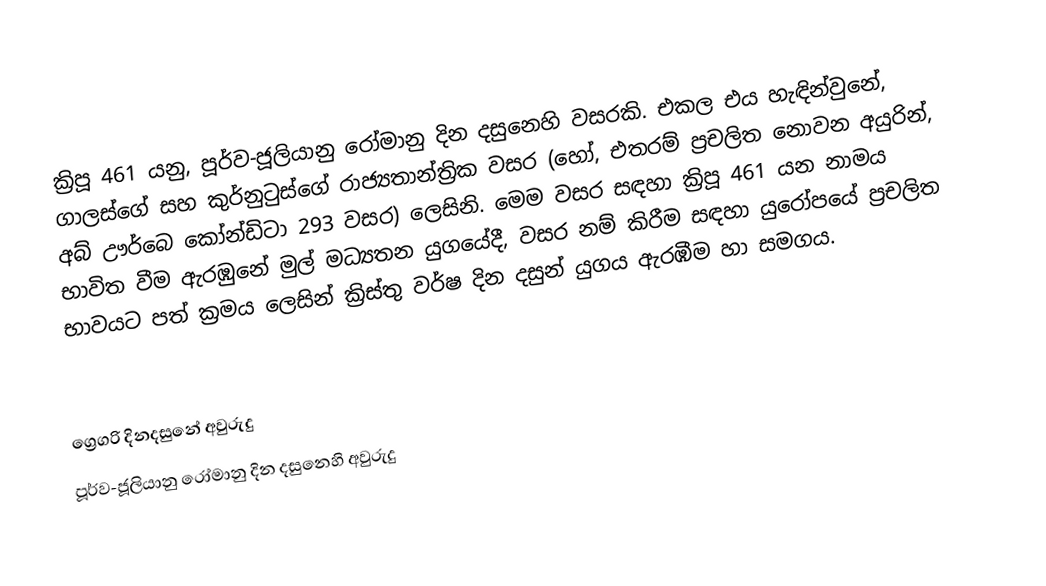

ක්‍රිපූ 461 යනු, පූර්ව-ජූලියානු රෝමානු දින දසුනෙහි වසරකි. එකල එය හැඳින්වුනේ, ගාලස්ගේ සහ කුර්නුටුස්ගේ රාජ්‍යතාන්ත්‍රික වසර (හෝ, එතරම් ප්‍රචලිත නොවන අයුරින්, අබ් ඌර්බෙ කෝන්ඩිටා 293 වසර) ලෙසිනි. මෙම වසර සඳහා ක්‍රිපූ 461 යන නාමය භාවිත වීම ඇරඹුනේ මුල්  මධ්‍යතන යුගයේදී, වසර නම් කිරීම සඳහා යුරෝපයේ ප්‍රචලිත භාවයට පත් ක්‍රමය ලෙසින් ක්‍රිස්තු වර්ෂ දින දසුන් යුගය ඇරඹීම හා සමගය.

ග්‍රෙගරි දිනදසුනේ අවුරුදු
පූර්ව-ජූලියානු රෝමානු දින දසුනෙහි අවුරුදු